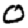
Digit: 0